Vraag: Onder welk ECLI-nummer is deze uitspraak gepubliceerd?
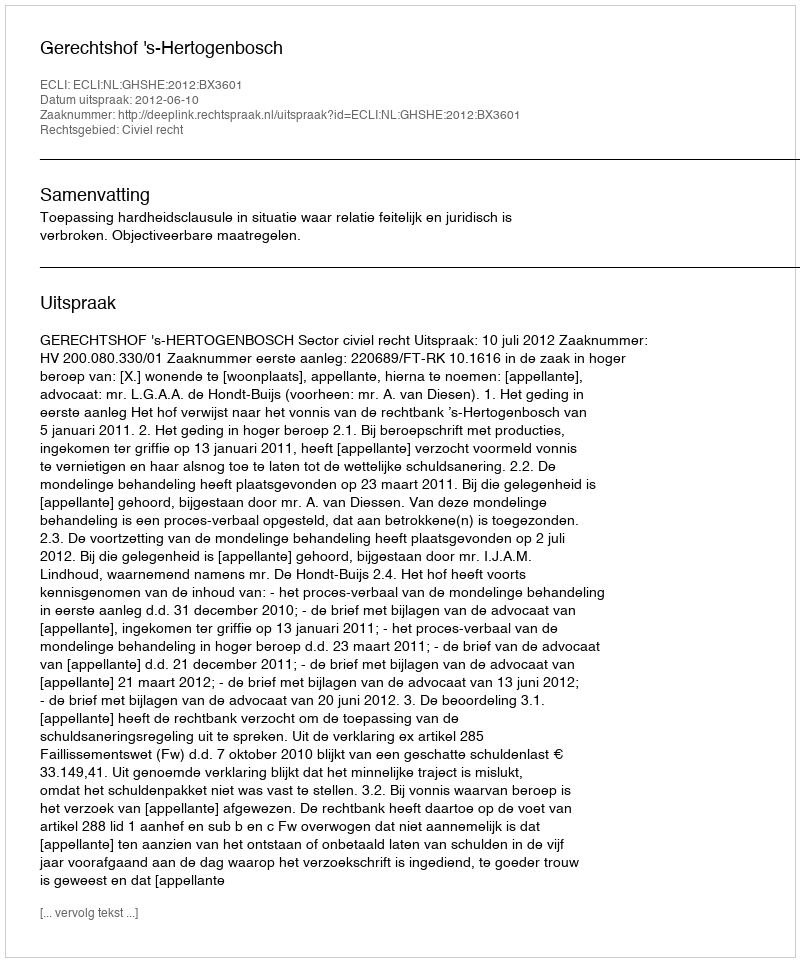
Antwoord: ECLI:NL:GHSHE:2012:BX3601